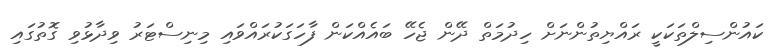
ކައުންސިލްތަކަކީ ރައްޔިތުންނަށް ހިދުމަތް ދޭން ޖެހޭ ބައެއްކަން ފާހަގަކުރައްވައި މިނިސްޓަރު ވިދާޅުވި ގޮތުގައި